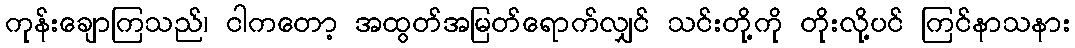
ကုန်းချောကြသည်၊ ငါကတော့ အထွတ်အမြတ်ရောက်လျှင် သင်းတို့ကို တိုးလို့ပင် ကြင်နာသနား